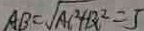
A B = \sqrt { A C ^ { 2 } + B C ^ { 2 } } = 5